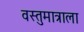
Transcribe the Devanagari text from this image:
वस्तुमात्राला